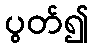
ပွတ်၍